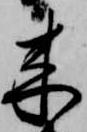
来